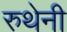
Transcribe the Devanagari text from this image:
रुथेनी